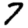
Digit: 7